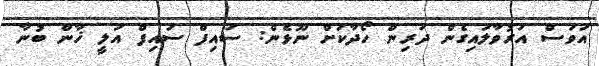
އަވަސް އަރުވާލައިގެން ދަރިން ހޯދާކަށް ނޫޅެން: ސައިފް ސައިފް އަލީ ޚާން ބުނާ